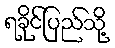
ရခိုင်ပြည်သို့